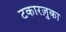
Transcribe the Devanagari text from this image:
टकारज़ुका